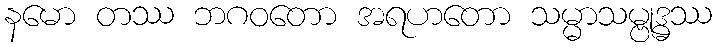
နမော တဿ ဘဂဝတော အရဟတော သမ္မာသမ္ဗုဒ္ဓဿ